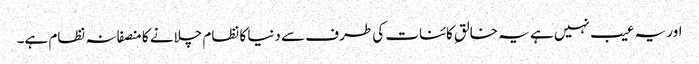
اور یہ عیب نہیں ہے یہ خالقِ کائنات کی طرف سے دنیا کا نظام چلانے کا منصفانہ نظام ہے۔